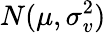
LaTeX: N(\mu,\sigma_{v}^{2})